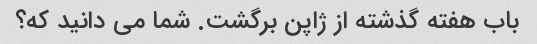
باب هفته گذشته از ژاپن برگشت. شما می دانید که؟